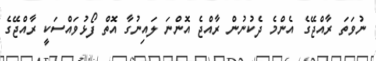
ނުވަތަ ރާއްޖޭގެ އެންމެ ދެކުނުން ރާއްޖެ އޮންނަ ލައިނުގާ އޮތް ފޯޅުވައްސަކީ ރާއްޖޭގެ